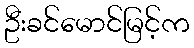
ဦးခင်မောင်မြင့်က